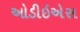
ઓડીઇએસ